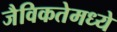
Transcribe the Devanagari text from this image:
जैविकतेमध्ये